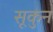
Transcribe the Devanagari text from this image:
सूकुन